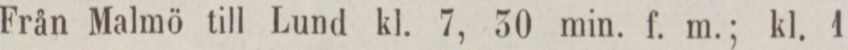
Från Malmö till Lund kl. 7, 30 min. f. m.; kl. 1